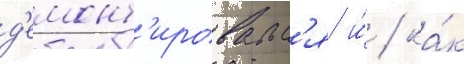
д'емонт'ировалс'я и́ / ка́к